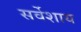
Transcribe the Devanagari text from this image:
सर्वेशाय